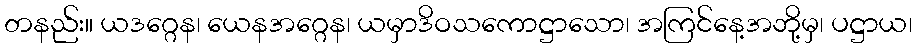
တနည်း။ ယဒဂ္ဂေန၊ ယေနအဂ္ဂေန၊ ယမှာဒိဝသကောဋ္ဌာသော၊ အကြင်နေ့အဘို့မှ၊ ပဋ္ဌာယ၊